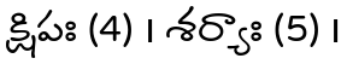
క్షిపః (4) । శర్యాః (5) ।